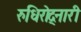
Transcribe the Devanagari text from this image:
रुधिरोद्नारी